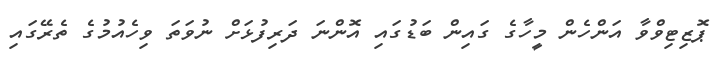
ޕޮޒިޓިވްވާ އަންހެން މީހާގެ ގައިން ބަޑުގައި އޮންނަ ދަރިފުޅަށް ނުވަތަ ވިހެއުމުގެ ތެރޭގައި